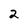
Character: 2